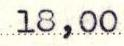
18,00